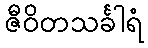
ဇီဝိတသင်္ခါရံ